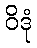
ဝိဒုံ